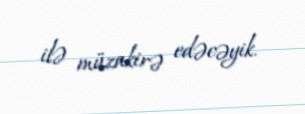
ilə müzakirə edəcəyik.